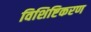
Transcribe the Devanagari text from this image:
विशिष्टिकरण